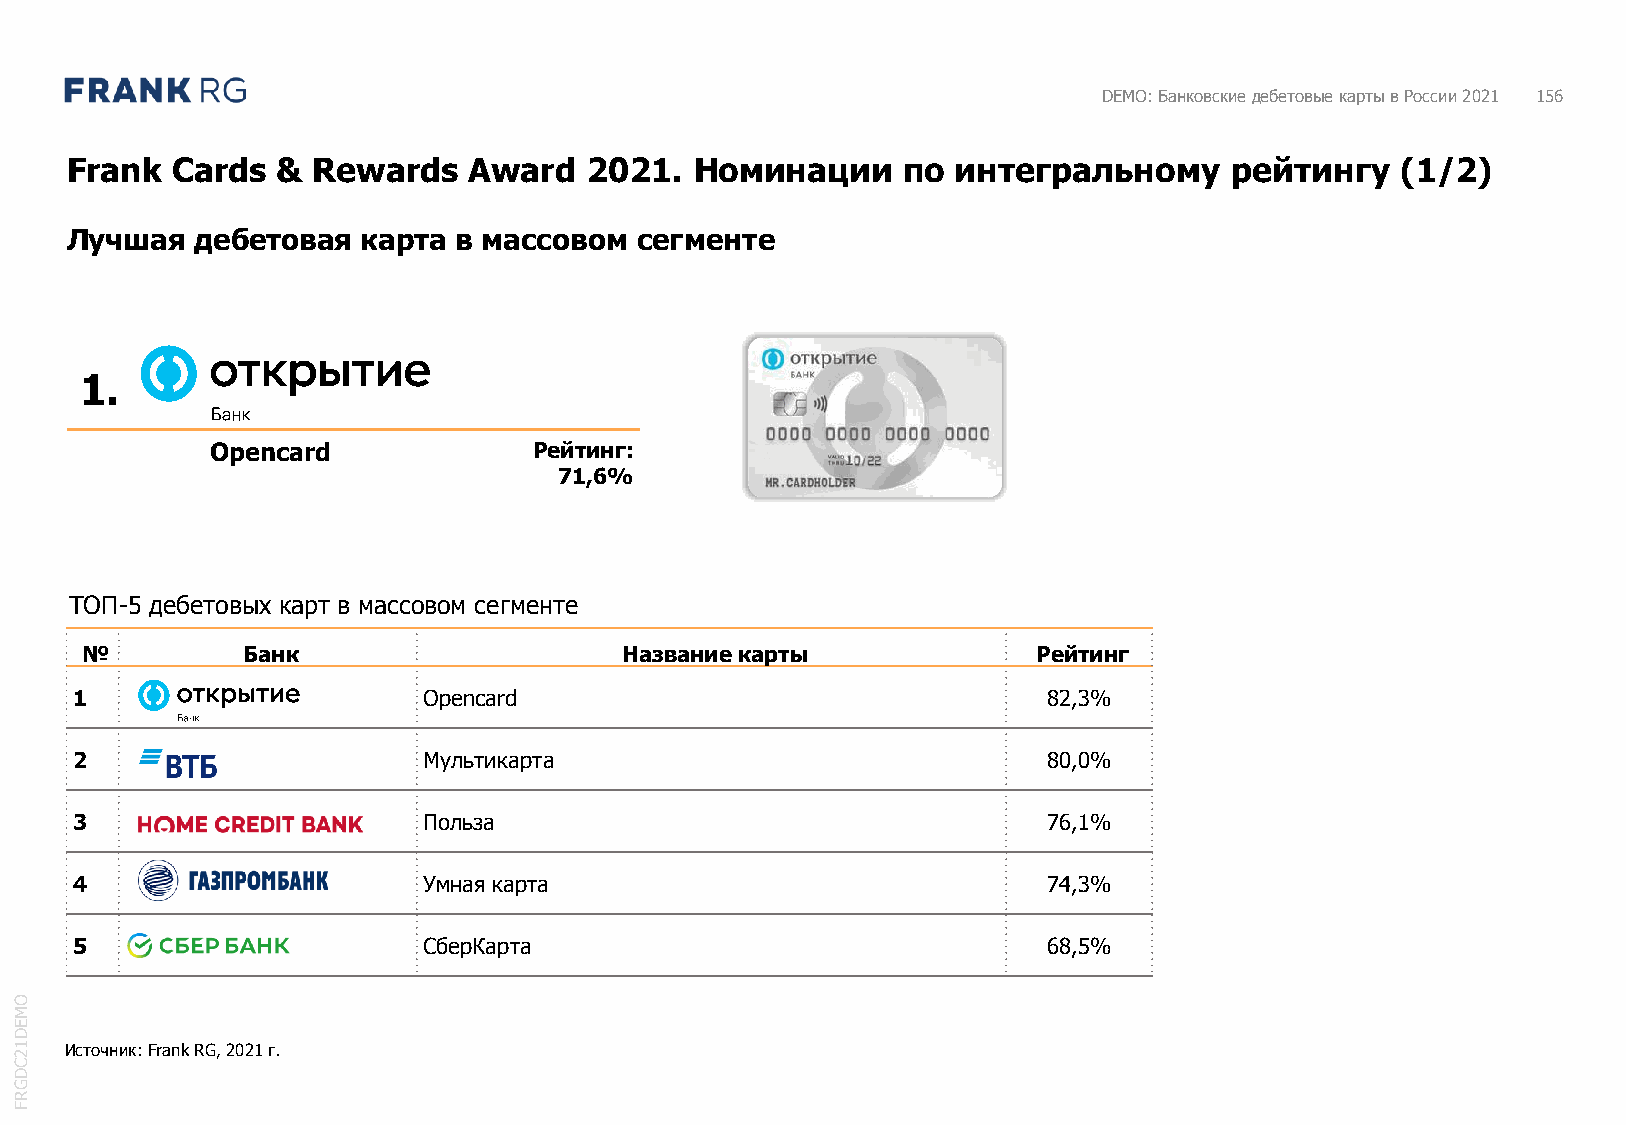
DEMO: Банковские дебетовые карты в России 2021 156
 Frank  Cards  &  Rewards   Award   2021.  Номинации     по интегральному     рейтингу    (1/2)
 Лучшая   дебетовая  карта в массовом  сегменте
 1.
 Opencard             Рейтинг:
 71,6%
 ТОП-5 дебетовых карт в массовом сегменте
 №          Банк                     Название карты              Рейтинг
 1                      Opencard                                 82,3%
 2                      Мультикарта                              80,0%
 3                      Польза                                   76,1%
 4                      Умная карта                              74,3%
 5                      СберКарта                                68,5%
 O
 M
 E
 D
 1  Источник: Frank RG, 2021 г.
 2
 C
 D
 G
 R
 F